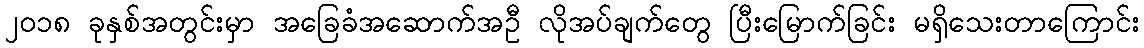
၂၀၁၈ ခုနှစ်အတွင်းမှာ အခြေခံအဆောက်အဦ လိုအပ်ချက်တွေ ပြီးမြောက်ခြင်း မရှိသေးတာကြောင်း